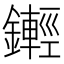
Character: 𨮫